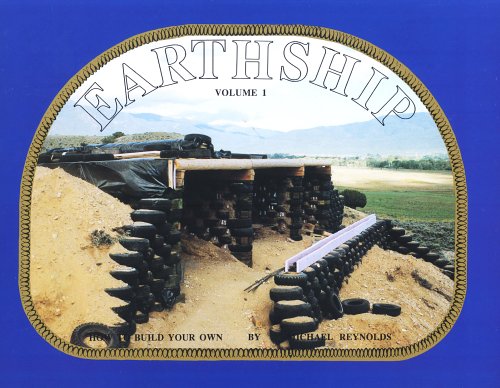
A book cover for Earthship: How to Build Your Own, Vol. 1; Michael Reynolds; Crafts, Hobbies & Home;